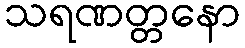
သရဏတ္တနော